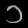
Digit: ၁